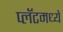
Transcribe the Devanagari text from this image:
प्लॅटमध्ये